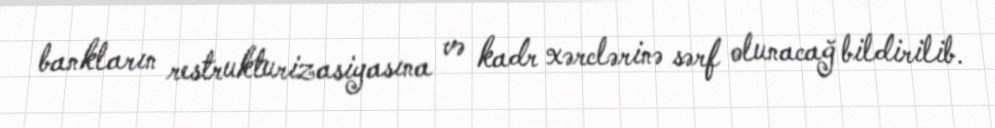
bankların restrukturizasiyasına və kadr xərclərinə sərf olunacağ bildirilib.